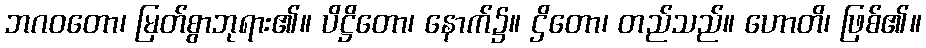
ဘဂဝတော၊ မြတ်စွာဘုရား၏။ ပိဋ္ဌိတော၊ နောက်၌။ ဌိတော၊ တည်သည်။ ဟောတိ၊ ဖြစ်၏။